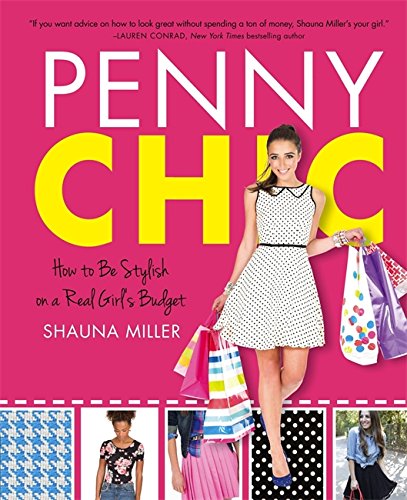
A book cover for Penny Chic: How to Be Stylish on a Real Girl's Budget; Teen & Young Adult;